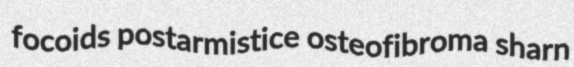
focoids postarmistice osteofibroma sharn